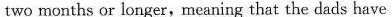
two months or longer,meaning that the dads have